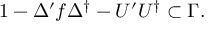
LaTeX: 1 - \Delta ^ { \prime } f \Delta ^ { \dag } - U ^ { \prime } U ^ { \dag } \subset \Gamma .